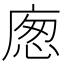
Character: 𢉛